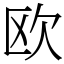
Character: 欧